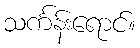
သင်္ကန်းရောင်။